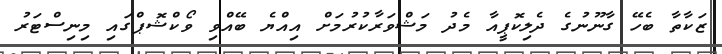
ޒަކާތާ ބެހޭ ގާނޫނުގެ ދެލިކޮޕީއާ މެދު މަޝްވަރާކުރުމަށް އިއްޔެ ބޭއްވި ވޯކްޝޮޕްގައި މިނިސްޓަރު